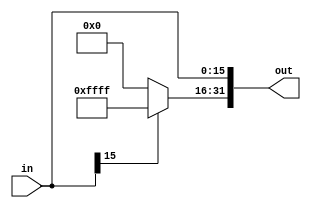
`timescale 1ns / 1ps
module signExtend(in, out);
    // For I-type sign extend
    input [15:0] in;
    output [31:0] out;
    reg [31:0] out;

    always @ (in)   begin
        out[15:0] <= in[15:0];
        if (in[15] == 1'b0)
            out[31:16] = 16'b0000000000000000;
        else
            out[31:16] = 16'b1111111111111111;
    end
endmodule